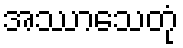
အဿာသေတုံ